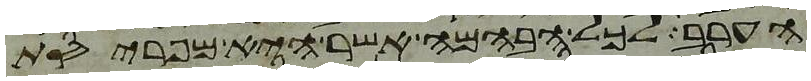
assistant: הערב לכל הבהמה אשר היא מפריסת